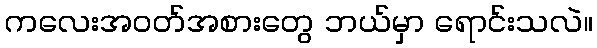
ကလေးအဝတ်အစားတွေ ဘယ်မှာ ရောင်းသလဲ။